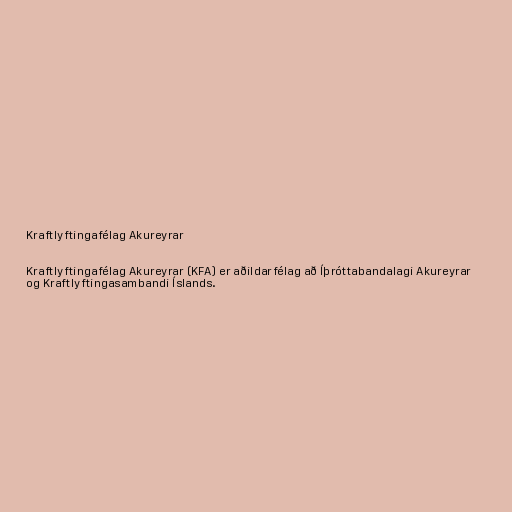
Kraftlyftingafélag Akureyrar

Kraftlyftingafélag Akureyrar (KFA) er aðildarfélag að Íþróttabandalagi Akureyrar
og Kraftlyftingasambandi Íslands.